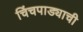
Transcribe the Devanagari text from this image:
चिंचपाड्याची